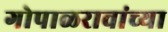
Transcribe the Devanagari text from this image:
गोपाळरावांच्या